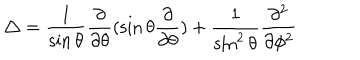
\triangle = \frac { 1 } { \sin \theta } \frac { \partial } { \partial \theta } ( \sin \theta \frac { \partial } { \partial \theta } ) + \frac { 1 } { \sin ^ { 2 } \theta } \frac { \partial ^ { 2 } } { \partial \phi ^ { 2 } }